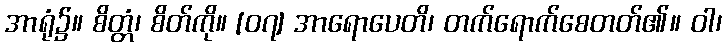
အာရုံ၌။ စိတ္တံ၊ စိတ်ကို။ [၀၇] အာရောပေတိ၊ တက်ရောက်စေတတ်၏။ ဝါ၊